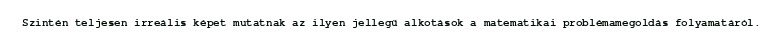
Szintén teljesen irreális képet mutatnak az ilyen jellegű alkotások a matematikai problémamegoldás folyamatáról.